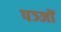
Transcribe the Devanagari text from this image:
पञ्जों